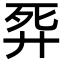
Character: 𢍈